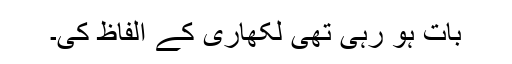
بات ہو رہی تھی لکھاری کے الفاظ کی۔